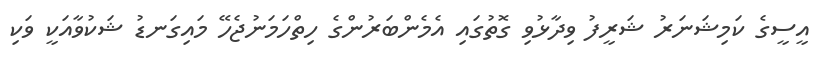
އީސީގެ ކަމިޝަނަރު ޝަރީފު ވިދާޅުވި ގޮތުގައި އެމެންބަރުންގެ ހިތްހަމަނުޖެހޭ މައިގަނޑު ޝަކުވާއަކީ ވަކި